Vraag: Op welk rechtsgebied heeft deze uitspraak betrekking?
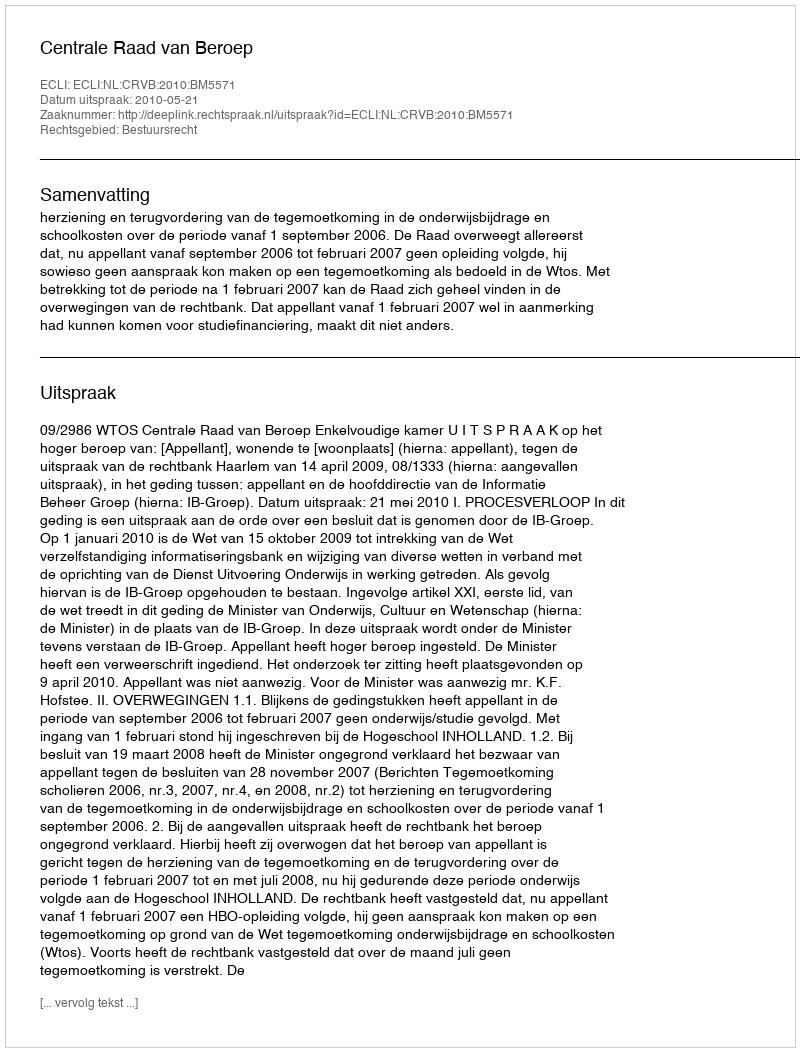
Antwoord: Bestuursrecht